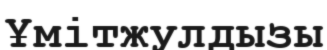
Ұмітжулдызы